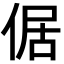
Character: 倨